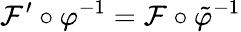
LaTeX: \mathcal{F}^{\prime}\circ\varphi^{-1}=\mathcal{F}\circ\tilde{{\varphi}}^{-1}